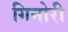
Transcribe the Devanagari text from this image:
गिनोरी